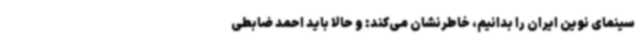
سینمای نوین ایران را بدانیم، خاطرنشان می‌کند: و حالا باید احمد ضابطی